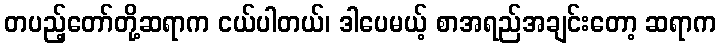
တပည့်တော်တို့ဆရာက ငယ်ပါတယ်၊ ဒါပေမယ့် စာအရည်အချင်းတော့ ဆရာက